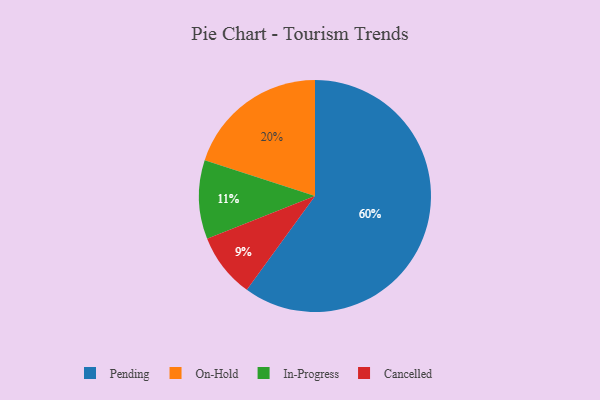
{"axis": {"x": "Category", "y": "Percentage"}, "legend": ["Cancelled", "In-Progress", "On-Hold", "Pending"], "data": [{"x": "On-Hold", "y": 20, "type": "On-Hold"}, {"x": "In-Progress", "y": 11, "type": "In-Progress"}, {"x": "Cancelled", "y": 9, "type": "Cancelled"}, {"x": "Pending", "y": 60, "type": "Pending"}]}